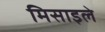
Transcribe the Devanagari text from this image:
मिसाइले